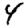
Digit: 4